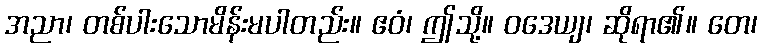
အညာ၊ တစ်ပါးသောမိန်းမပါတည်း။ ဧဝံ၊ ဤသို့။ ဝဒေယျ၊ ဆိုရာ၏။ တေ၊